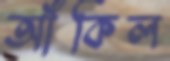
আঁকিল